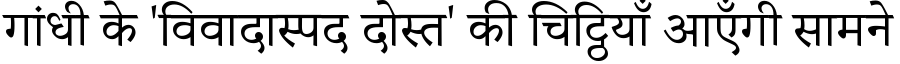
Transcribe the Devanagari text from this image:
गांधी के 'विवादास्पद दोस्त' की चिट्ठियाँ आएँगी सामने